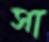
সা